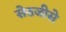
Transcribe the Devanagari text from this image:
सेठजीसे